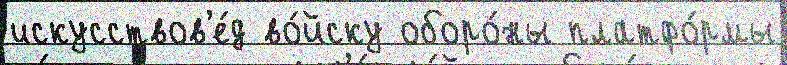
искусствов'е́д во́йску оборо́ны платфо́рмы